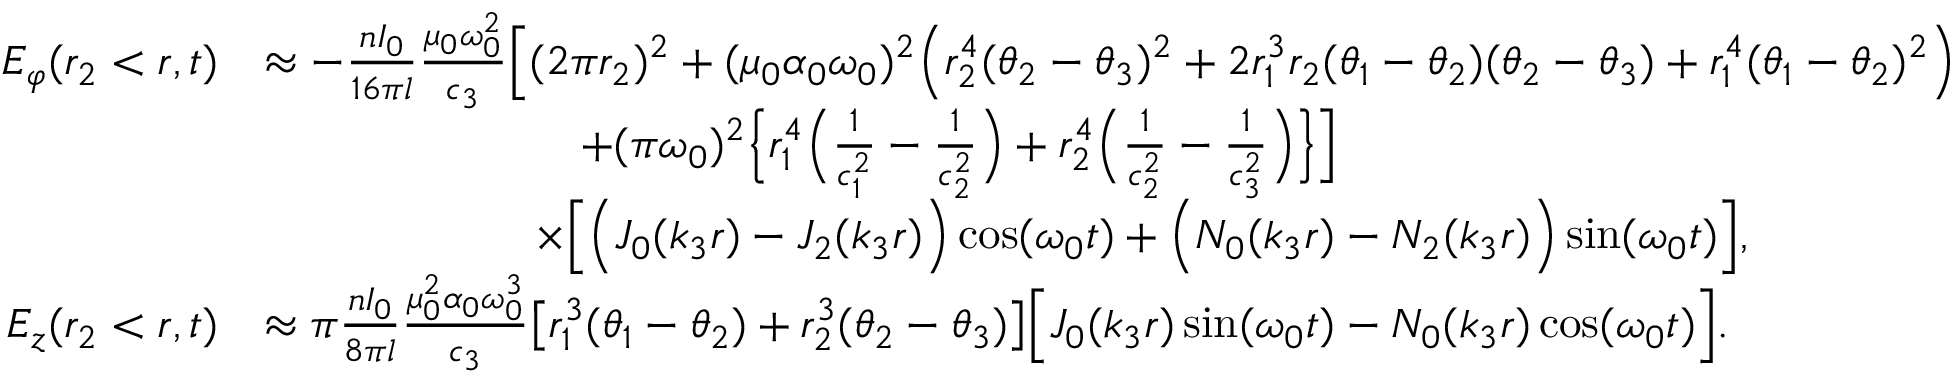
\begin{array} { r l } { E _ { \varphi } ( r _ { 2 } < r , t ) } & { \approx - \frac { n I _ { 0 } } { 1 6 \pi l } \frac { \mu _ { 0 } \omega _ { 0 } ^ { 2 } } { c _ { 3 } } \Big [ ( 2 \pi r _ { 2 } ) ^ { 2 } + ( \mu _ { 0 } \alpha _ { 0 } \omega _ { 0 } ) ^ { 2 } \Big ( r _ { 2 } ^ { 4 } ( \theta _ { 2 } - \theta _ { 3 } ) ^ { 2 } + 2 r _ { 1 } ^ { 3 } r _ { 2 } ( \theta _ { 1 } - \theta _ { 2 } ) ( \theta _ { 2 } - \theta _ { 3 } ) + r _ { 1 } ^ { 4 } ( \theta _ { 1 } - \theta _ { 2 } ) ^ { 2 } \Big ) } \\ & { \qquad \qquad \qquad \quad + ( \pi \omega _ { 0 } ) ^ { 2 } \Big \{ r _ { 1 } ^ { 4 } \Big ( \frac { 1 } { c _ { 1 } ^ { 2 } } - \frac { 1 } { c _ { 2 } ^ { 2 } } \Big ) + r _ { 2 } ^ { 4 } \Big ( \frac { 1 } { c _ { 2 } ^ { 2 } } - \frac { 1 } { c _ { 3 } ^ { 2 } } \Big ) \Big \} \Big ] } \\ & { \qquad \qquad \qquad \times \Big [ \Big ( J _ { 0 } ( k _ { 3 } r ) - J _ { 2 } ( k _ { 3 } r ) \Big ) \cos ( \omega _ { 0 } t ) + \Big ( N _ { 0 } ( k _ { 3 } r ) - N _ { 2 } ( k _ { 3 } r ) \Big ) \sin ( \omega _ { 0 } t ) \Big ] , } \\ { E _ { z } ( r _ { 2 } < r , t ) } & { \approx \pi \frac { n I _ { 0 } } { 8 \pi l } \frac { \mu _ { 0 } ^ { 2 } \alpha _ { 0 } \omega _ { 0 } ^ { 3 } } { c _ { 3 } } \big [ r _ { 1 } ^ { 3 } ( \theta _ { 1 } - \theta _ { 2 } ) + r _ { 2 } ^ { 3 } ( \theta _ { 2 } - \theta _ { 3 } ) \big ] \Big [ J _ { 0 } ( k _ { 3 } r ) \sin ( \omega _ { 0 } t ) - N _ { 0 } ( k _ { 3 } r ) \cos ( \omega _ { 0 } t ) \Big ] . } \end{array}